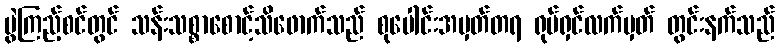
ပွဲကြည့်စင်တွင် သန်းသစ္စာစောင့်သိဖောက်သည် စုပေါင်းအမှတ်တရ ရုပ်ရှင်လက်မှတ် တွင်းနက်သည်